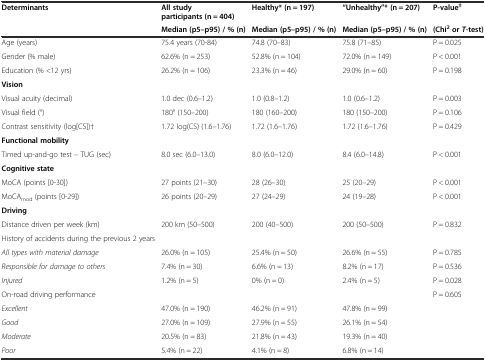
<table><thead><tr><td><b>Determinants</b></td><td><b>All study participants (n = 404)</b></td><td><b>Healthy* (n = 197)</b></td><td><b>“Unhealthy”* (n = 207)</b></td><td><b>P-value<sup>‡</sup></b></td></tr><tr><td></td><td><b>Median (p5–p95) / % (n)</b></td><td><b>Median (p5–p95) / % (n)</b></td><td><b>Median (p5–p95) / % (n)</b></td><td><b>(Chi<sup>2</sup>or <i>T</i>-test)</b></td></tr></thead><tbody><tr><td>Age (years)</td><td>75.4 years (70-84)</td><td>74.8 (70–83)</td><td>75.8 (71–85)</td><td>P = 0.025</td></tr><tr><td>Gender (% male)</td><td>62.6% (n = 253)</td><td>52.8% (n = 104)</td><td>72.0% (n = 149)</td><td>P &lt; 0.001</td></tr><tr><td>Education (% &lt;12 yrs)</td><td>26.2% (n = 106)</td><td>23.3% (n = 46)</td><td>29.0% (n = 60)</td><td>P = 0.198</td></tr><tr><td><b>Vision</b></td><td></td><td></td><td></td><td></td></tr><tr><td>Visual acuity (decimal)</td><td>1.0 dec (0.6–1.2)</td><td>1.0 (0.8–1.2)</td><td>1.0 (0.6–1.2)</td><td>P = 0.003</td></tr><tr><td>Visual field (°)</td><td>180° (150–200)</td><td>180 (160–200)</td><td>180 (150–200)</td><td>P = 0.106</td></tr><tr><td>Contrast sensitivity (log[CS])†</td><td>1.72 log(CS) (1.6–1.76)</td><td>1.72 (1.6–1.76)</td><td>1.72 (1.6–1.76)</td><td>P = 0.429</td></tr><tr><td><b>Functional mobility</b></td><td></td><td></td><td></td><td></td></tr><tr><td>Timed up-and-go test – TUG (sec)</td><td>8.0 sec (6.0–13.0)</td><td>8.0 (6.0–12.0)</td><td>8.4 (6.0–14.8)</td><td>P &lt; 0.001</td></tr><tr><td><b>Cognitive state</b></td><td></td><td></td><td></td><td></td></tr><tr><td>MoCA (points [0-30])</td><td>27 points (21–30)</td><td>28 (26–30)</td><td>25 (20–29)</td><td>P &lt; 0.001</td></tr><tr><td>MoCA<sub>mod</sub> (points [0-29])</td><td>26 points (20–29)</td><td>27 (24–29)</td><td>24 (19–28)</td><td>P &lt; 0.001</td></tr><tr><td><b>Driving</b></td><td></td><td></td><td></td><td></td></tr><tr><td>Distance driven per week (km)</td><td>200 km (50–500)</td><td>200 (40–500)</td><td>200 (50–500)</td><td>P = 0.832</td></tr><tr><td>History of accidents during the previous 2 years</td><td></td><td></td><td></td><td></td></tr><tr><td><i>All types with material damage</i></td><td>26.0% (n = 105)</td><td>25.4% (n = 50)</td><td>26.6% (n = 55)</td><td>P = 0.785</td></tr><tr><td><i>Responsible for damage to others</i></td><td>7.4% (n = 30)</td><td>6.6% (n = 13)</td><td>8.2% (n = 17)</td><td>P = 0.536</td></tr><tr><td><i>Injured</i></td><td>1.2% (n = 5)</td><td>0% (n = 0)</td><td>2.4% (n = 5)</td><td>P = 0.028</td></tr><tr><td>On-road driving performance</td><td></td><td></td><td></td><td>P = 0.605</td></tr><tr><td><i>Excellent</i></td><td>47.0% (n = 190)</td><td>46.2% (n = 91)</td><td>47.8% (n = 99)</td><td></td></tr><tr><td><i>Good</i></td><td>27.0% (n = 109)</td><td>27.9% (n = 55)</td><td>26.1% (n = 54)</td><td></td></tr><tr><td><i>Moderate</i></td><td>20.5% (n = 83)</td><td>21.8% (n = 43)</td><td>19.3% (n = 40)</td><td></td></tr><tr><td><i>Poor</i></td><td>5.4% (n = 22)</td><td>4.1% (n = 8)</td><td>6.8% (n = 14)</td><td></td></tr></tbody></table>